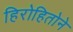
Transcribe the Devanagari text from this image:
हिरोहितोने